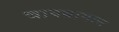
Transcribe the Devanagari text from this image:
चायबागान